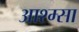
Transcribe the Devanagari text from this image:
आश्म्सा